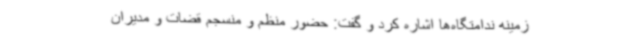
زمینه ندامتگاه‌ها اشاره کرد و گفت: حضور منظم و منسجم قضات و مدیران